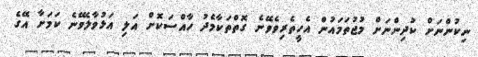
ނިކުންނަށް ކުދިންނަށް މުޖުތަމައުން އެހީތެރިވެވޭނެ ގޮތްތަކާމެދު ހާއްސަކޮށް އަލި އަޅުވާލެވޭނެ ކަމަށާ އޭގެ